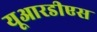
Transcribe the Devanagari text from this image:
यूआरडीएस